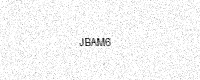
Text: JBAM6